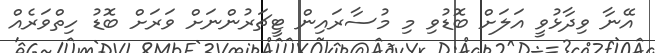
އޭނާ ވިދާޅުވީ އަލަށް ބޮޑުވި މި މުސާރައިން ޓީޗަރުންނަށް ވަރަށް ބޮޑު ހިތްވަރެއް